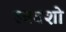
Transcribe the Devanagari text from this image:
स्ववशो